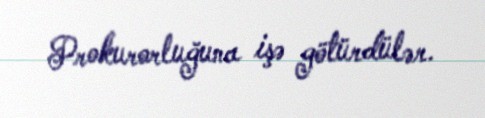
Prokurorluğuna işə götürdülər.